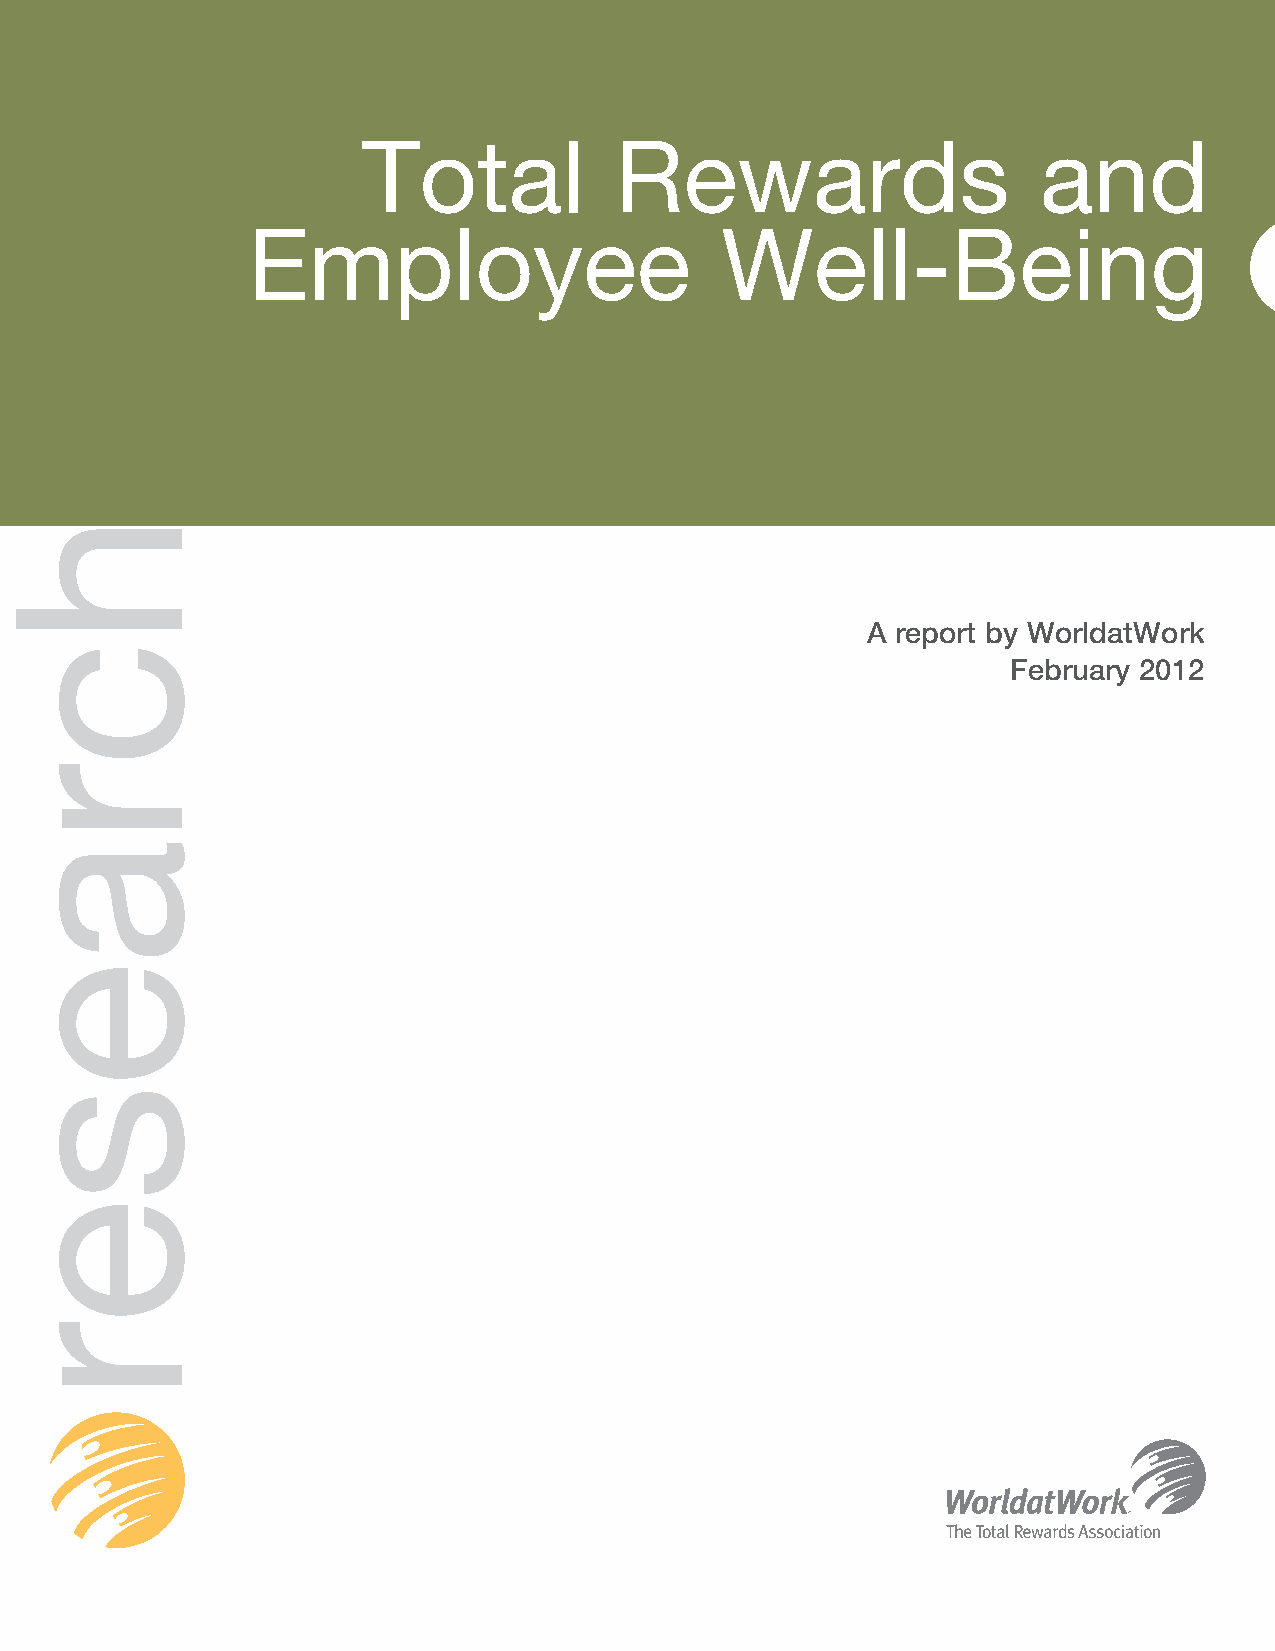
Total            Rewards                     and
 Employee                        Well-Being
 A report by WorldatWork
 February 2012
 hcraeser